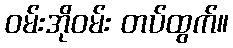
ဝမ်းအိုဝမ်း တပ်ထွက်။